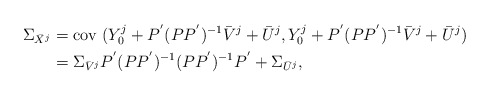
\begin{align*} \Sigma_{\bar{X}^j}&= \mbox{cov } (Y_0^j + P ^{'} (P P ^{'}) ^{-1} \bar{V}^j + \bar{U}^j , Y_0^j + P ^{'} (P P ^{'}) ^{-1} \bar{V}^j + \bar{U}^j) \\& = \Sigma_{\bar{V}^j} P ^{'} (P P ^{'}) ^{-1} (P P ^{'}) ^{-1} P ^{'} +\Sigma_{\bar{U}^j},\end{align*}